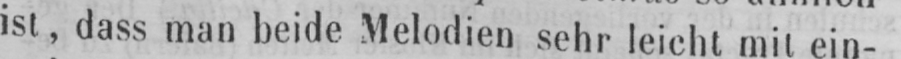
ist, dass man beide Melodien sehr leicht mit ein-